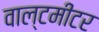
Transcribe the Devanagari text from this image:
वाल्टमीटर